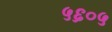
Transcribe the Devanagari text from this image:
५६०५